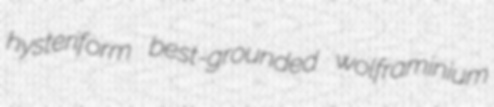
hysteriform best-grounded wolframinium